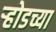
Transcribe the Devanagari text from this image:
ऱ्होडच्या